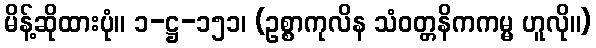
မိန့်ဆိုထားပုံ။ ၁-ဋ္ဌ-၁၅၁၊ (ဥစ္စာကုလိန သံဝတ္တနိကကမ္မ ဟူလို။)